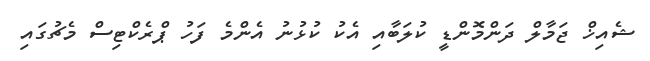
ޝެއިޚް ޖަމާލް ދަންމޮންޑީ ކުލަބާއި އެކު ކުޅުނު އެންމެ ފަހު ޕްރެކްޓިސް މެޗުގައި